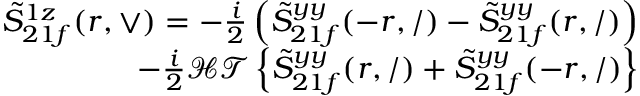
\begin{array} { r } { \tilde { S } _ { 2 1 f } ^ { 1 z } ( r , \vee ) = - \frac { i } { 2 } \left( \tilde { S } _ { 2 1 f } ^ { y y } ( - r , / ) - \tilde { S } _ { 2 1 f } ^ { y y } ( r , / ) \right) } \\ { - \frac { i } { 2 } \mathcal { H T } \left\{ \tilde { S } _ { 2 1 f } ^ { y y } ( r , / ) + \tilde { S } _ { 2 1 f } ^ { y y } ( - r , / ) \right\} } \end{array}